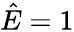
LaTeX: \hat{E}=1